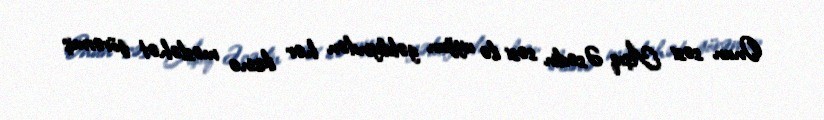
Onun səsi Aşıq Əsədin səsi ilə uyğun gəldiyindən hər ikisinə məsləhət görərmiş